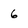
Character: 6